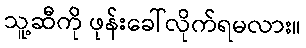
သူ့ဆီကို ဖုန်းခေါ်လိုက်ရမလား။